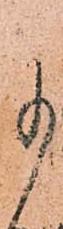
事